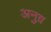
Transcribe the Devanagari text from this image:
अनुग्र